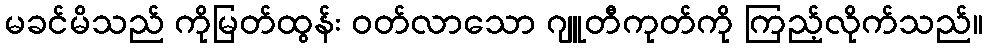
မခင်မိသည် ကိုမြတ်ထွန်း ဝတ်လာသော ဂျူတီကုတ်ကို ကြည့်လိုက်သည်။